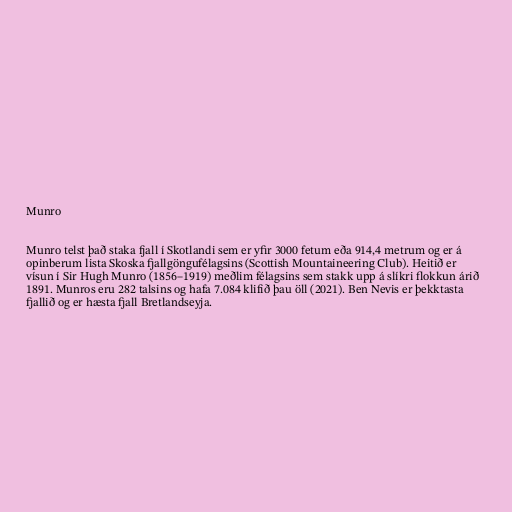
Munro

Munro telst það staka fjall í Skotlandi sem er yfir 3000 fetum eða 914,4 metrum og er á
opinberum lista Skoska fjallgöngufélagsins (Scottish Mountaineering Club). Heitið er
vísun í Sir Hugh Munro (1856–1919) meðlim félagsins sem stakk upp á slíkri flokkun árið
1891. Munros eru 282 talsins og hafa 7.084 klifið þau öll (2021). Ben Nevis er þekktasta
fjallið og er hæsta fjall Bretlandseyja.